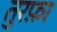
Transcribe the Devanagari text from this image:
तुरफ़ा